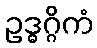
ဥဒ္ဓဂ္ဂိကံ